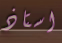
استاذ